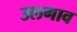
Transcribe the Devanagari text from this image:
उलगाव